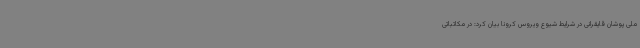
ملی پوشان قایقرانی در شرایط شیوع ویروس کرونا بیان کرد: در مکاتباتی